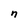
Character: n